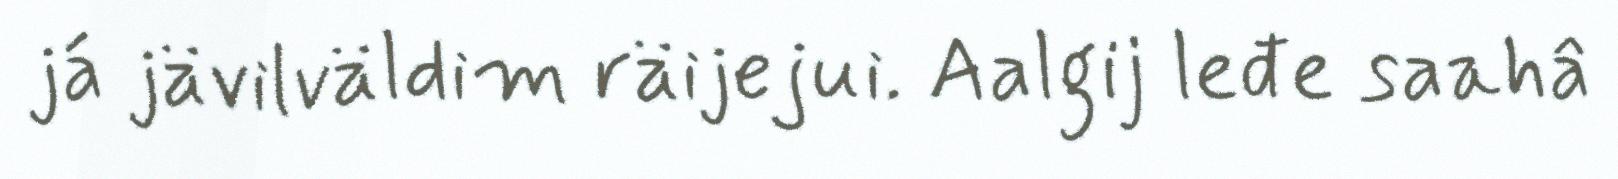
já jävilväldim räijejui. Aalgij leđe saahâ